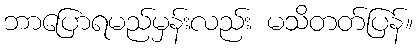
ဘာပြောရမည်မှန်းလည်း မသိတတ်ပြန်။